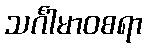
သင်္ဂါမာဝစရာ